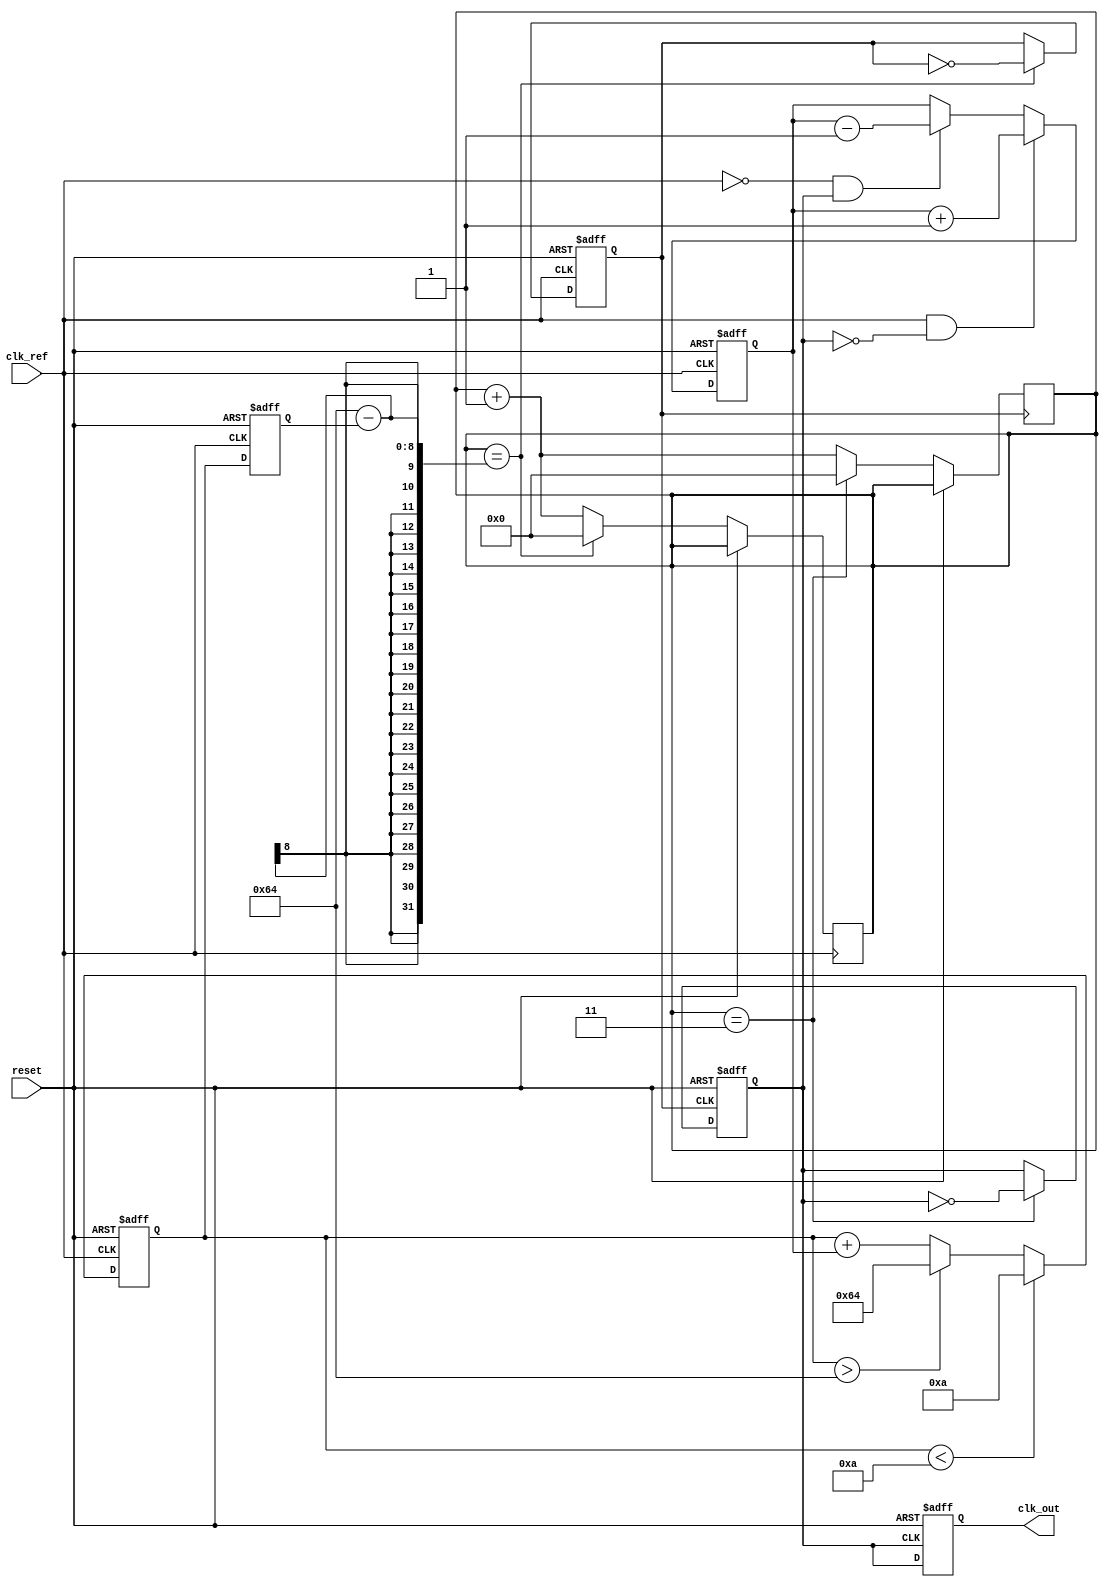
module adpll (
    input wire clk_ref,          // Reference clock
    input wire reset,           // Reset signal
    output reg clk_out          // Output clock
);

// Parameters
parameter DIV_FACTOR = 4;     // Frequency division factor
parameter DCO_MAX_FREQ = 100; // Maximum DCO frequency
parameter DCO_MIN_FREQ = 10;  // Minimum DCO frequency
parameter LOOP_FILTER_SIZE = 8; // Size of digital loop filter

// Internal signals
reg [LOOP_FILTER_SIZE-1:0] error_signal; // Error signal from phase detector
reg [LOOP_FILTER_SIZE-1:0] control_signal; // Control signal for DCO
reg [7:0] vco_frequency; // Current frequency of VCO
reg [3:0] feedback_counter; // Feedback counter for frequency divider
reg clk_vco; // VCO output clock
reg clk_feedback; // Feedback clock

// Phase Detector
always @(posedge clk_ref or posedge reset) begin
    if (reset) begin
        error_signal <= 0;
    end else begin
        // Simple phase comparison (can be improved)
        if (clk_ref && !clk_feedback) begin
            error_signal <= error_signal + 1; // Phase leads
        end else if (!clk_ref && clk_feedback) begin
            error_signal <= error_signal - 1; // Phase lags
        end
    end
end

// Digital Loop Filter (Simple IIR Filter)
always @(posedge clk_ref or posedge reset) begin
    if (reset) begin
        control_signal <= 0;
    end else begin
        control_signal <= control_signal + error_signal; // Integrate error signal
        // Limit control signal to DCO frequency range
        if (control_signal > DCO_MAX_FREQ) control_signal <= DCO_MAX_FREQ;
        if (control_signal < DCO_MIN_FREQ) control_signal <= DCO_MIN_FREQ;
    end
end

// Digitally Controlled Oscillator (DCO)
always @(posedge clk_ref or posedge reset) begin
    if (reset) begin
        vco_frequency <= DCO_MIN_FREQ; // Set to min frequency
        clk_vco <= 0;
    end else begin
        // Adjust VCO frequency based on control signal
        vco_frequency <= control_signal;
        // Generate VCO clock (simple toggle based on frequency)
        if (feedback_counter == (DCO_MAX_FREQ - vco_frequency)) begin
            clk_vco <= ~clk_vco;
            feedback_counter <= 0;
        end else begin
            feedback_counter <= feedback_counter + 1;
        end
    end
end

// Frequency Divider
always @(posedge clk_vco or posedge reset) begin
    if (reset) begin
        clk_feedback <= 0;
    end else begin
        // Divide VCO frequency by DIV_FACTOR
        if (feedback_counter == DIV_FACTOR - 1) begin
            clk_feedback <= ~clk_feedback;
            feedback_counter <= 0;
        end else begin
            feedback_counter <= feedback_counter + 1;
        end
    end
end

// Output clock generation
always @(posedge clk_feedback or posedge reset) begin
    if (reset) begin
        clk_out <= 0;
    end else begin
        clk_out <= clk_feedback; // Output the feedback clock
    end
end

endmodule